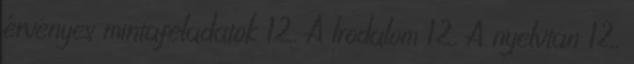
érvényes mintafeladatok 12. A Irodalom 12. A nyelvtan 12.